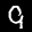
Label: 9